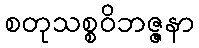
စတုသစ္စဝိဘဇ္ဇနာ